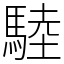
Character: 𩣱